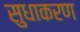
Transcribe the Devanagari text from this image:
सुधाकरण